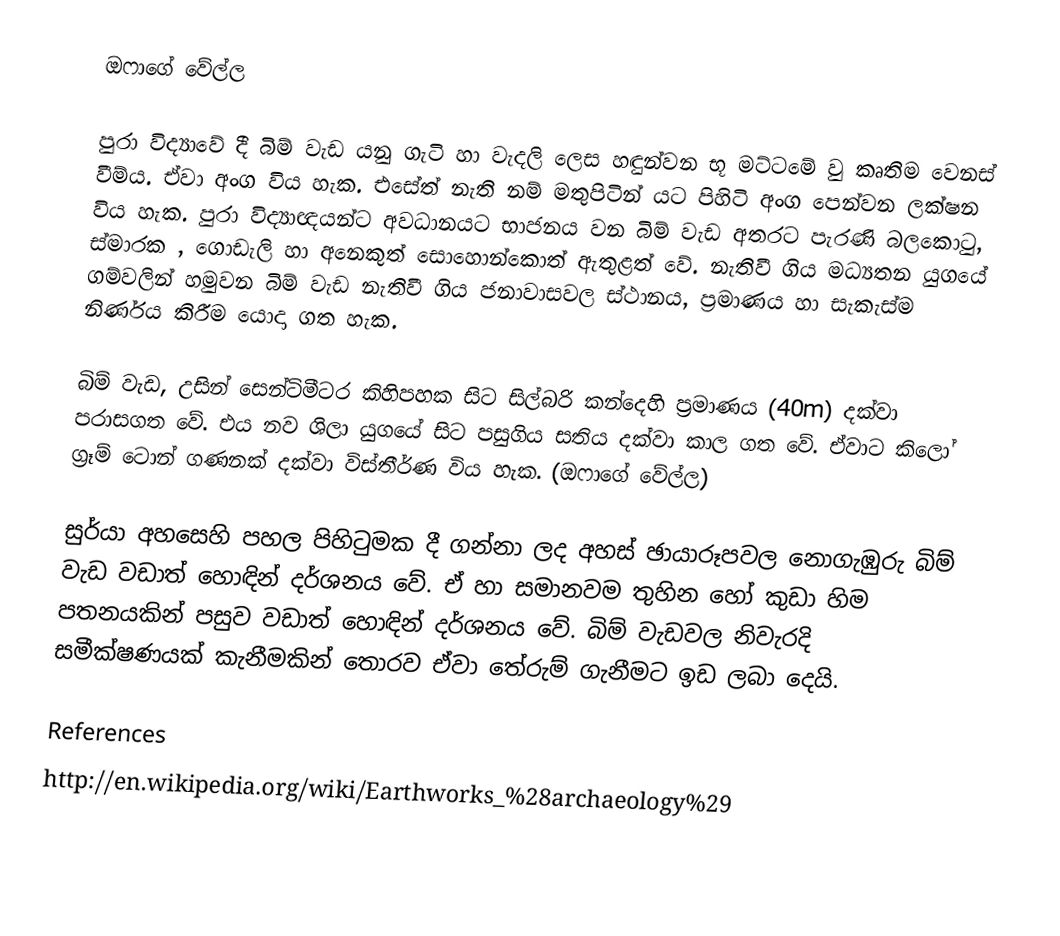
ඔෆාගේ වේල්ල

පුරා විද්‍යාවේ දී බිම් වැඩ යනු ගැටි හා වැදලි ලෙස හඳුන්වන භූ මට්ටමේ වු කෘතිම වෙනස් වීම්ය. ඒවා අංග විය හැක. එසේත් නැති නම් මතුපිටින් යට පිහිටි අංග පෙන්වන ලක්ෂන විය හැක. පුරා විද්‍යාඥයන්ට අවධානයට භාජනය වන බිම් වැඩ අතරට පැරණි බලකොටු, ස්මාරක , ගොඩැලි හා අනෙකුත් සොහොන්‍කොත් ඇතුළත් වේ. නැතිවී ගිය මධ්‍යතන යුගයේ ගම්වලින් හමුවන බිම් වැඩ නැතිවී ගිය ජනාවාසවල ස්ථානය, ප්‍රමාණය හා සැකැස්ම නිර්ණය කිරීම යොදා ගත හැක.

බිම් වැඩ, උසින් සෙන්ටිමීටර කිහිපහක සිට සිල්බරි කන්දෙහි ප්‍රමාණය (40m)  දක්වා පරාසගත වේ. එය නව ශිලා යුගයේ සිට පසුගිය සතිය දක්වා කාල ගත වේ. ඒවාට කිලෝ ග්‍රෑම් ටොන් ගණනක් දක්වා විස්තීර්ණ විය හැක. (ඔෆාගේ වේල්ල)

සුර්යා අහසෙහි පහල පිහිටුමක දී ගන්නා ලද අහස් ඡායාරූපවල නොගැඹුරු බිම් වැඩ වඩාත් හොඳින් දර්ශනය වේ. ඒ හා සමානවම තුහින හෝ කුඩා හිම පතනයකින් පසුව වඩාත් හොඳින් දර්ශනය වේ. බිම් වැඩවල නිවැරදි සමීක්ෂණයක් කැනීමකින් තොරව ‍ඒවා තේරුම් ගැනීමට ඉඩ ලබා දෙයි.

References
http://en.wikipedia.org/wiki/Earthworks_%28archaeology%29